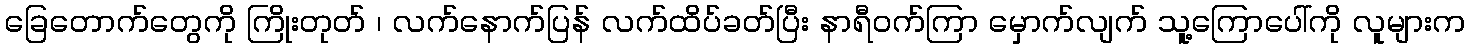
ခြေတောက်တွေကို ကြိုးတုတ် ၊ လက်နောက်ပြန် လက်ထိပ်ခတ်ပြီး နာရီဝက်ကြာ မှောက်လျက် သူ့ကြောပေါ်ကို လူများက